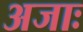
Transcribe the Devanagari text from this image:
अजाः